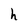
Character: h